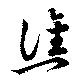
譙